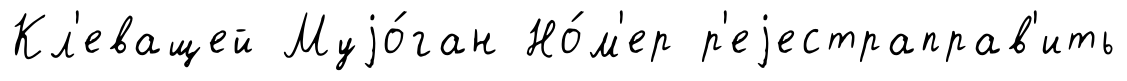
Кл'еващей Муjо́ган Но́м'ер р'еjестраправ'ить